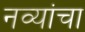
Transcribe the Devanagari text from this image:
नव्यांचा